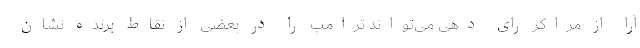
آرا از مراکز رای دهی می‌تواند ترامپ را در بعضی از نقاط برنده نشان